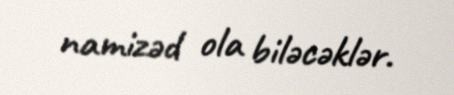
namizəd ola biləcəklər.